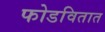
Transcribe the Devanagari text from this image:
फोडवितात